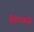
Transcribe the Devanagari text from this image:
हिरण्यश्राद्ध